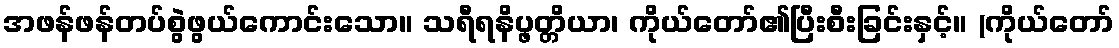
အဖန်ဖန်တပ်စွဲဖွယ်ကောင်းသော။ သရီရနိပ္ဖတ္တိယာ၊ ကိုယ်တော်၏ပြီးစီးခြင်းနှင့်။ (ကိုယ်တော်